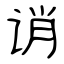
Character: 诮